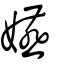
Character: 嬿